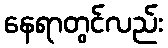
နေရာတွင်လည်း